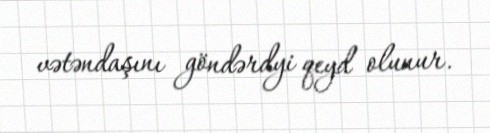
vətəndaşını göndərdyi qeyd olunur.